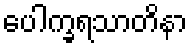
ပေါက္ခရသာတိနာ